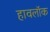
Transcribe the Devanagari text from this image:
हावलॉक